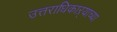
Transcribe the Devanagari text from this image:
उत्तराधिकाऱ्याच्या